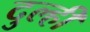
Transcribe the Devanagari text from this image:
दुल्ही